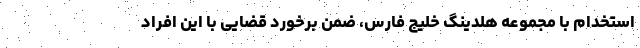
استخدام با مجموعه هلدینگ خلیج فارس، ضمن برخورد قضایی با این افراد